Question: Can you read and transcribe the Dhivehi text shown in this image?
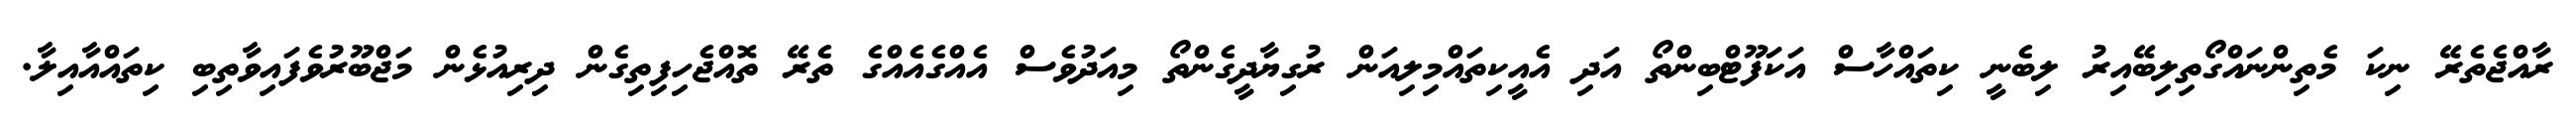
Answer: ރާއްޖެތެރޭ ނިކަ މެތިންނައްގޯތިލިބޭއިރު ލިބެނީ ކިތައްހާސް އަކަފޫޓްބިންތޯ އަދި އެއީކިތައްމިލިއަން ރުގިޔާދީގެންތޯ މިއަދުވެސް އެއްގެއެއްގެ ތެރޭ ތޮއްޖެހިފިތިގެން ދިރިއުޅެން މަޖްބޫރުވެފައިވާތިބި ކިތައްއާއިލާ.